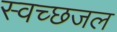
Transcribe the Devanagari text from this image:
स्वच्छजल